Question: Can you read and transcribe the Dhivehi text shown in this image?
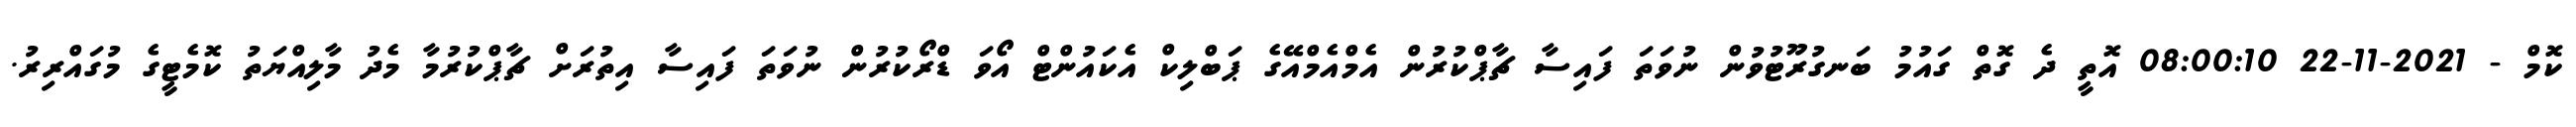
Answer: ކޮމް - 2021-11-22 08:00:10 އޮތީ ދެ ގޮތް ގައުމު ބަނގުރޫޓުވުން ނުވަތަ ފައިސާ ޗާޕްކުރުން އެމްއެމްއޭގެ ޕަބްލިކް އެކައުންޓް އޯވަ ޑްރޯކުރުން ނުވަތަ ފައިސާ އިތުރަށް ޗާޕްކުރުމާ މެދު މާލިއްޔަތު ކޮމެޓީގެ މުގައްރިރު.